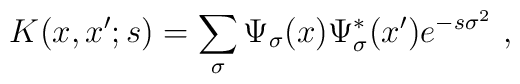
K(x,x';s)=\sum_\sigma \Psi_\sigma(x)\Psi_\sigma^*(x')e^{-s\sigma^2} \ ,